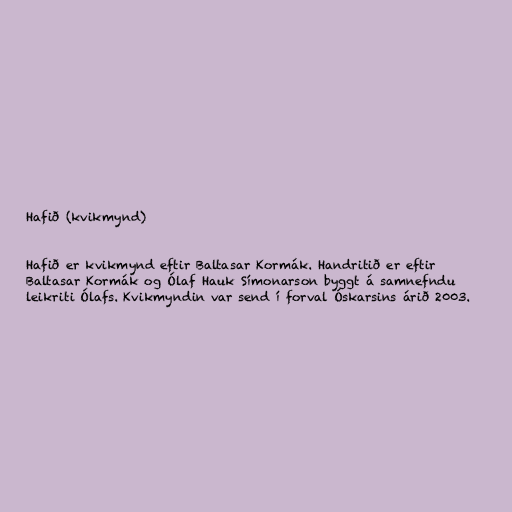
Hafið (kvikmynd)

Hafið er kvikmynd eftir Baltasar Kormák. Handritið er eftir
Baltasar Kormák og Ólaf Hauk Símonarson byggt á samnefndu
leikriti Ólafs. Kvikmyndin var send í forval Óskarsins árið 2003.